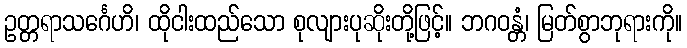
ဥတ္တရာသင်္ဂေဟိ၊ ထိုငါးထည်သော စုလျားပုဆိုးတို့ဖြင့်။ ဘဂဝန္တံ၊ မြတ်စွာဘုရားကို။